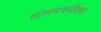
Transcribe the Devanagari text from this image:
स्टेशनअधीक्षक